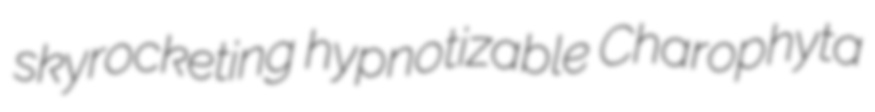
skyrocketing hypnotizable Charophyta